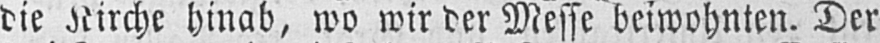
die Kirche hinab, wo wir der Messe beiwohnten. Der